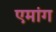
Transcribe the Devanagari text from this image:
एमांग